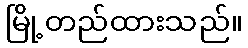
မြို့တည်ထားသည်။